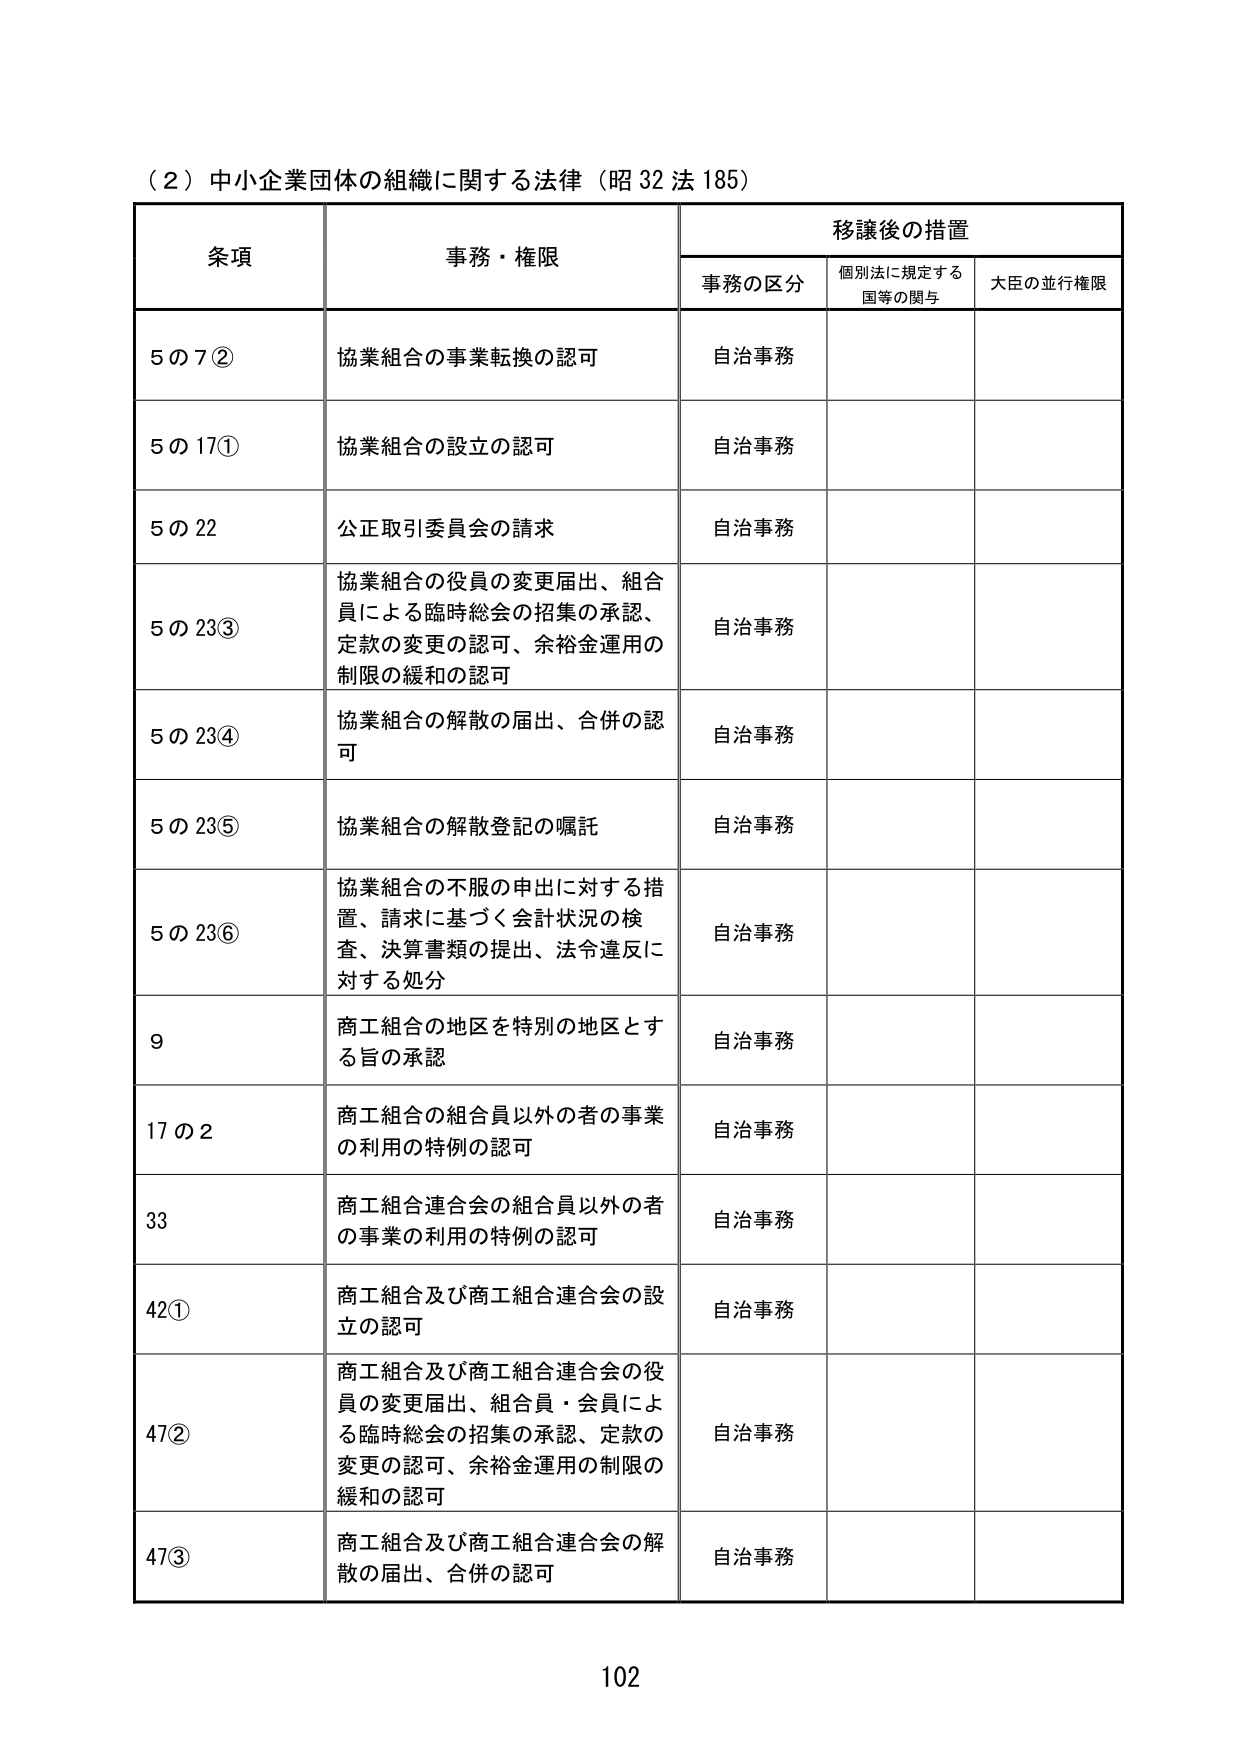
（2）中小企業団体の組織に関する法律（昭32法185）

条項 事務・権限 移譲後の措置
　　事務の区分 個別法に規定する国等の関与 大臣の並行権限

5の7② 協業組合の事業転換の認可 自治事務

5の17① 協業組合の設立の認可 自治事務

5の22 公正取引委員会の請求 自治事務

5の23③ 協業組合の役員の変更届出、組合員による臨時総会の招集の承認、定款の変更の認可、余裕金運用の制限の緩和の認可 自治事務

5の23④ 協業組合の解散の届出、合併の認可 自治事務

5の23⑤ 協業組合の解散登記の嘱託 自治事務

5の23⑥ 協業組合の不服の申出に対する措置、請求に基づく会計状況の検査、決算書類の提出、法令違反に対する処分 自治事務

9 商工組合の地区を特別の地区とする旨の承認 自治事務

17の2 商工組合の組合員以外の者の事業の利用の特例の認可 自治事務

33 商工組合連合会の組合員以外の者の事業の利用の特例の認可 自治事務

42① 商工組合及び商工組合連合会の設立の認可 自治事務

47② 商工組合及び商工組合連合会の役員の変更届出、組合員・会員による臨時総会の招集の承認、定款の変更の認可、余裕金運用の制限の緩和の認可 自治事務

47③ 商工組合及び商工組合連合会の解散の届出、合併の認可 自治事務

102